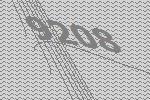
9208